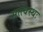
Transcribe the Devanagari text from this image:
सत्त्वस्थः